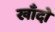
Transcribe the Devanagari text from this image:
खाँदो